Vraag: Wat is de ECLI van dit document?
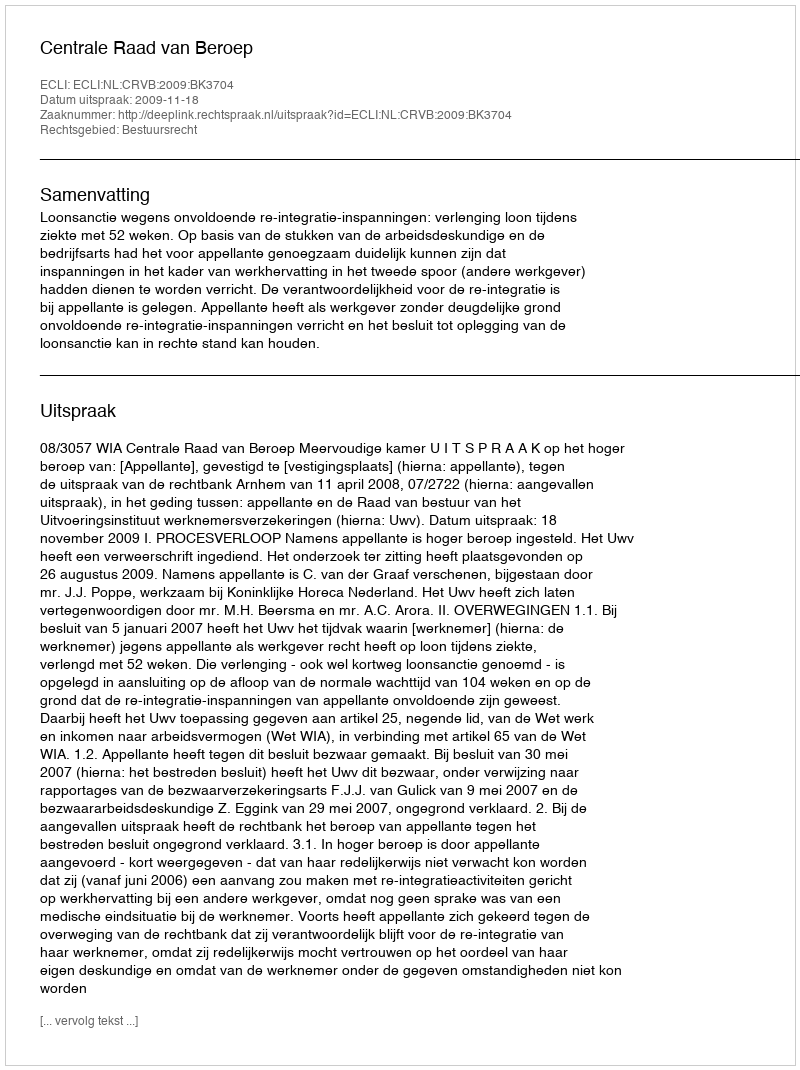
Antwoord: ECLI:NL:CRVB:2009:BK3704